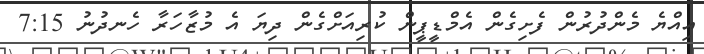
އިއްޔެ މެންދުރުން ފެށިގެން އެމްޑީޕީން ކުރިއަށްގެން ދިޔަ އެ މުޒާހަރާ ހެނދުނު 7:15